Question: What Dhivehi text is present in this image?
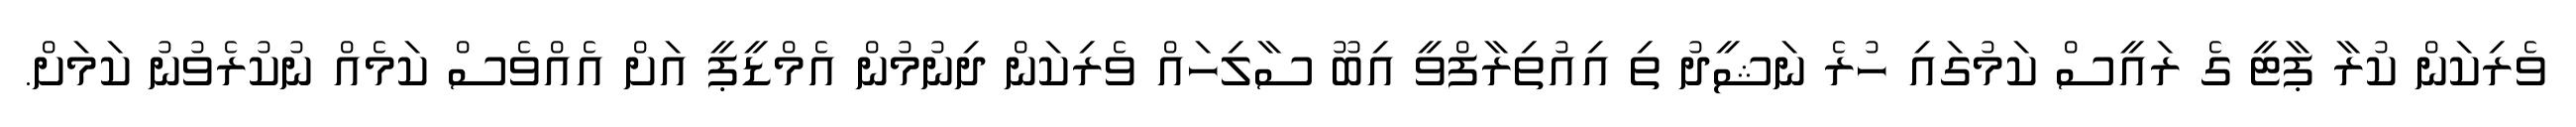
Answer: ވެރިކަން ކުރާ ޕާޓީ ގެ ރައީސް ކަމުގައި ހުރެ ނަޝީދު ތި އިއުތިރާފްވީ އިބޫ ސާލިހައް ވެރިކަން ދިނުމުން އެމްޑީޕީ އަށް އެއްވެސް ކަމެއް ނުކުރެވުނު ކަމަށް.